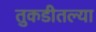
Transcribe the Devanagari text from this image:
तुकडीतल्या